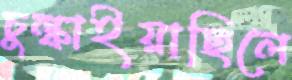
চুল্‌কাইয়াছিলে